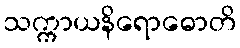
သက္ကာယနိရောဓောတိ